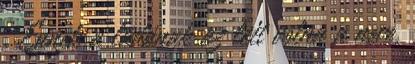
. Ennek a ládának az lett volna a neve,